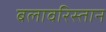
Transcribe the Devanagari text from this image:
बलावरिस्तान